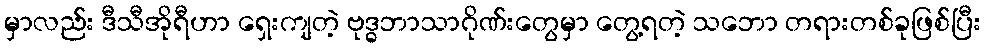
မှာလည်း ဒီသီအိုရီဟာ ရှေးကျတဲ့ ဗုဒ္ဓဘာသာဂိုဏ်းတွေမှာ တွေ့ရတဲ့ သဘော တရားတစ်ခုဖြစ်ပြီး